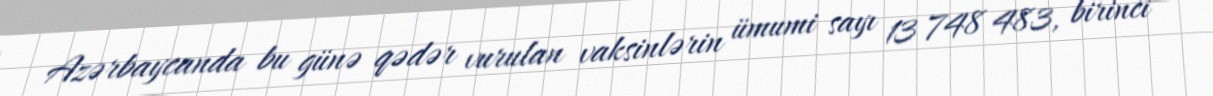
Azərbaycanda bu günə qədər vurulan vaksinlərin ümumi sayı 13 748 483, birinci